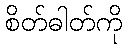
စိတ်ဓါတ်ကို